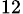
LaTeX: _{12}